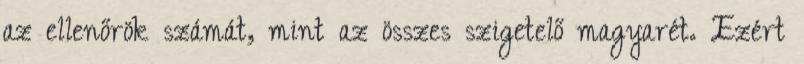
az ellenőrök számát, mint az összes szigetelő magyarét. Ezért